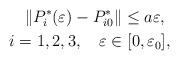
LaTeX: \begin{align*}\Vert P_{i}^{\ast }(\varepsilon )-P_{i0}^{\ast }\Vert \leq a\varepsilon ,\ \\ i=1,2,3,\ \ \ \varepsilon \in [0,{\varepsilon}_{0}],\end{align*}